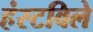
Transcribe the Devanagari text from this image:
हंस्टविले